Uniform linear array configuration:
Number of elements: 8
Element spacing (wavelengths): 0.75
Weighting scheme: exponential
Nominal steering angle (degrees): -15
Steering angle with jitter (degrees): -16.922
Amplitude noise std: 0.05
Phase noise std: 0.05

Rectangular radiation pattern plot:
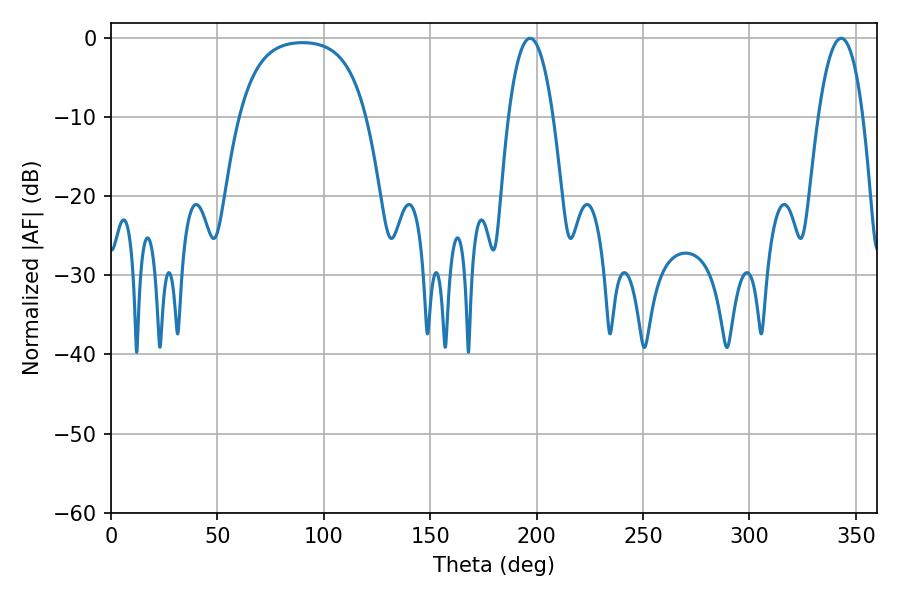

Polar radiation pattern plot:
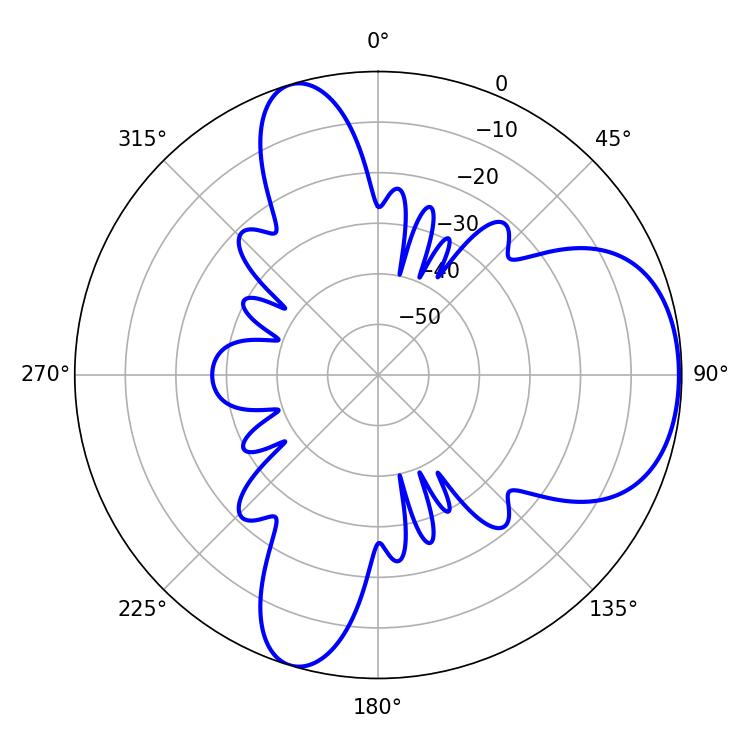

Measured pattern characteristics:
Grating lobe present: TRUE
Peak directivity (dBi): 6.187
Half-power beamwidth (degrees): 11.7
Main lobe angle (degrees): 196.92